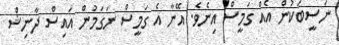
ނަސީބަކުން އެއް ގަމީސް އިނެވެ. އޭނާ އެ ގަމީސް ނަގަމުން އައިސް ދާނިޝް